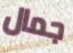
جمال